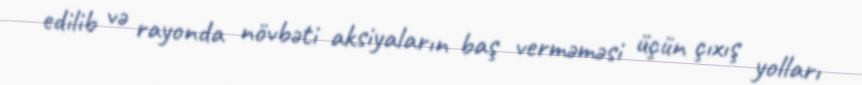
edilib və rayonda növbəti aksiyaların baş verməməsi üçün çıxış yolları